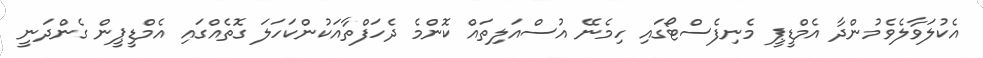
އެކުލަވާލެވެމުންދާ އެމްޑީޕީ މެނިފެސްޓޯގައި ހިމެނޭ އުސްއަލިތައް ކޮންމެ ދެހަފްތާއަކުންކަހަލަ ގޮތެއްގައި އެމްޑީޕީން ގެންދަނީ